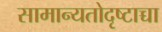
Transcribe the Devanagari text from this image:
सामान्यतोदृष्टाच्चा